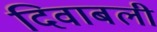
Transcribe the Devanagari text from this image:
दिवाबली